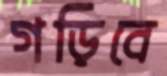
গড়িবে